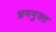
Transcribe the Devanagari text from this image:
भ्रममुक्त